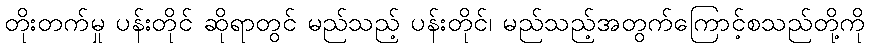
တိုးတက်မှု ပန်းတိုင် ဆိုရာတွင် မည်သည့် ပန်းတိုင်၊ မည်သည့်အတွက်ကြောင့်စသည်တို့ကို